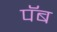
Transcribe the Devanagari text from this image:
पॅब